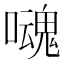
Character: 𡂃